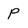
Character: P